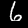
Digit: 6